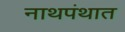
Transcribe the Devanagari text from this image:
नाथपंथात